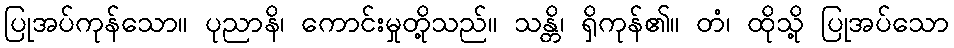
ပြုအပ်ကုန်သော။ ပုညာနိ၊ ကောင်းမှုတို့သည်။ သန္တိ၊ ရှိကုန်၏။ တံ၊ ထိုသို့ ပြုအပ်သော